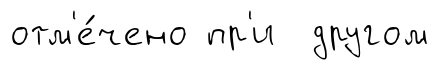
отм'е́чено пр'и другом